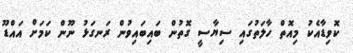
ކޮވިޑާއެކު މިއޮތް ހާލަތުގައި ސިޔާސީ ގޮތުން ބައިބައިވުން ރަނގަޅު ނޫން ކަމަށް އައްޑޫ